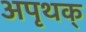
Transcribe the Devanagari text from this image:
अपृथक्